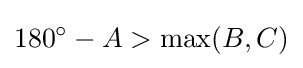
180^{\circ }-A>\max(B,C)